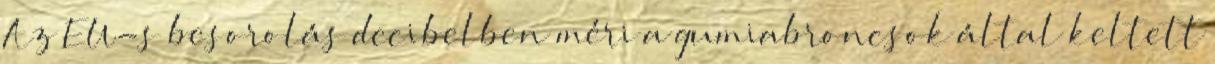
Az EU-s besorolás decibelben méri a gumiabroncsok által keltett